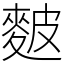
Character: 麬